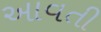
આવતી